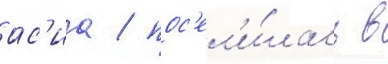
ас'иа / пос'ел'и́лась в